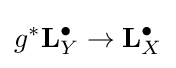
g^{*}\mathbf {L} _{Y}^{\bullet }\to \mathbf {L} _{X}^{\bullet }